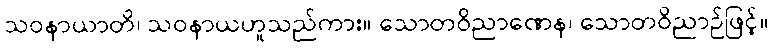
သဝနာယာတိ၊ သဝနာယဟူသည်ကား။ သောတဝိညာဏေန၊ သောတဝိညာဉ်ဖြင့်။